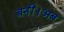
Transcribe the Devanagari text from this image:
बनीं।अब